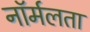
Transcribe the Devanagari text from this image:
नॉर्मलता